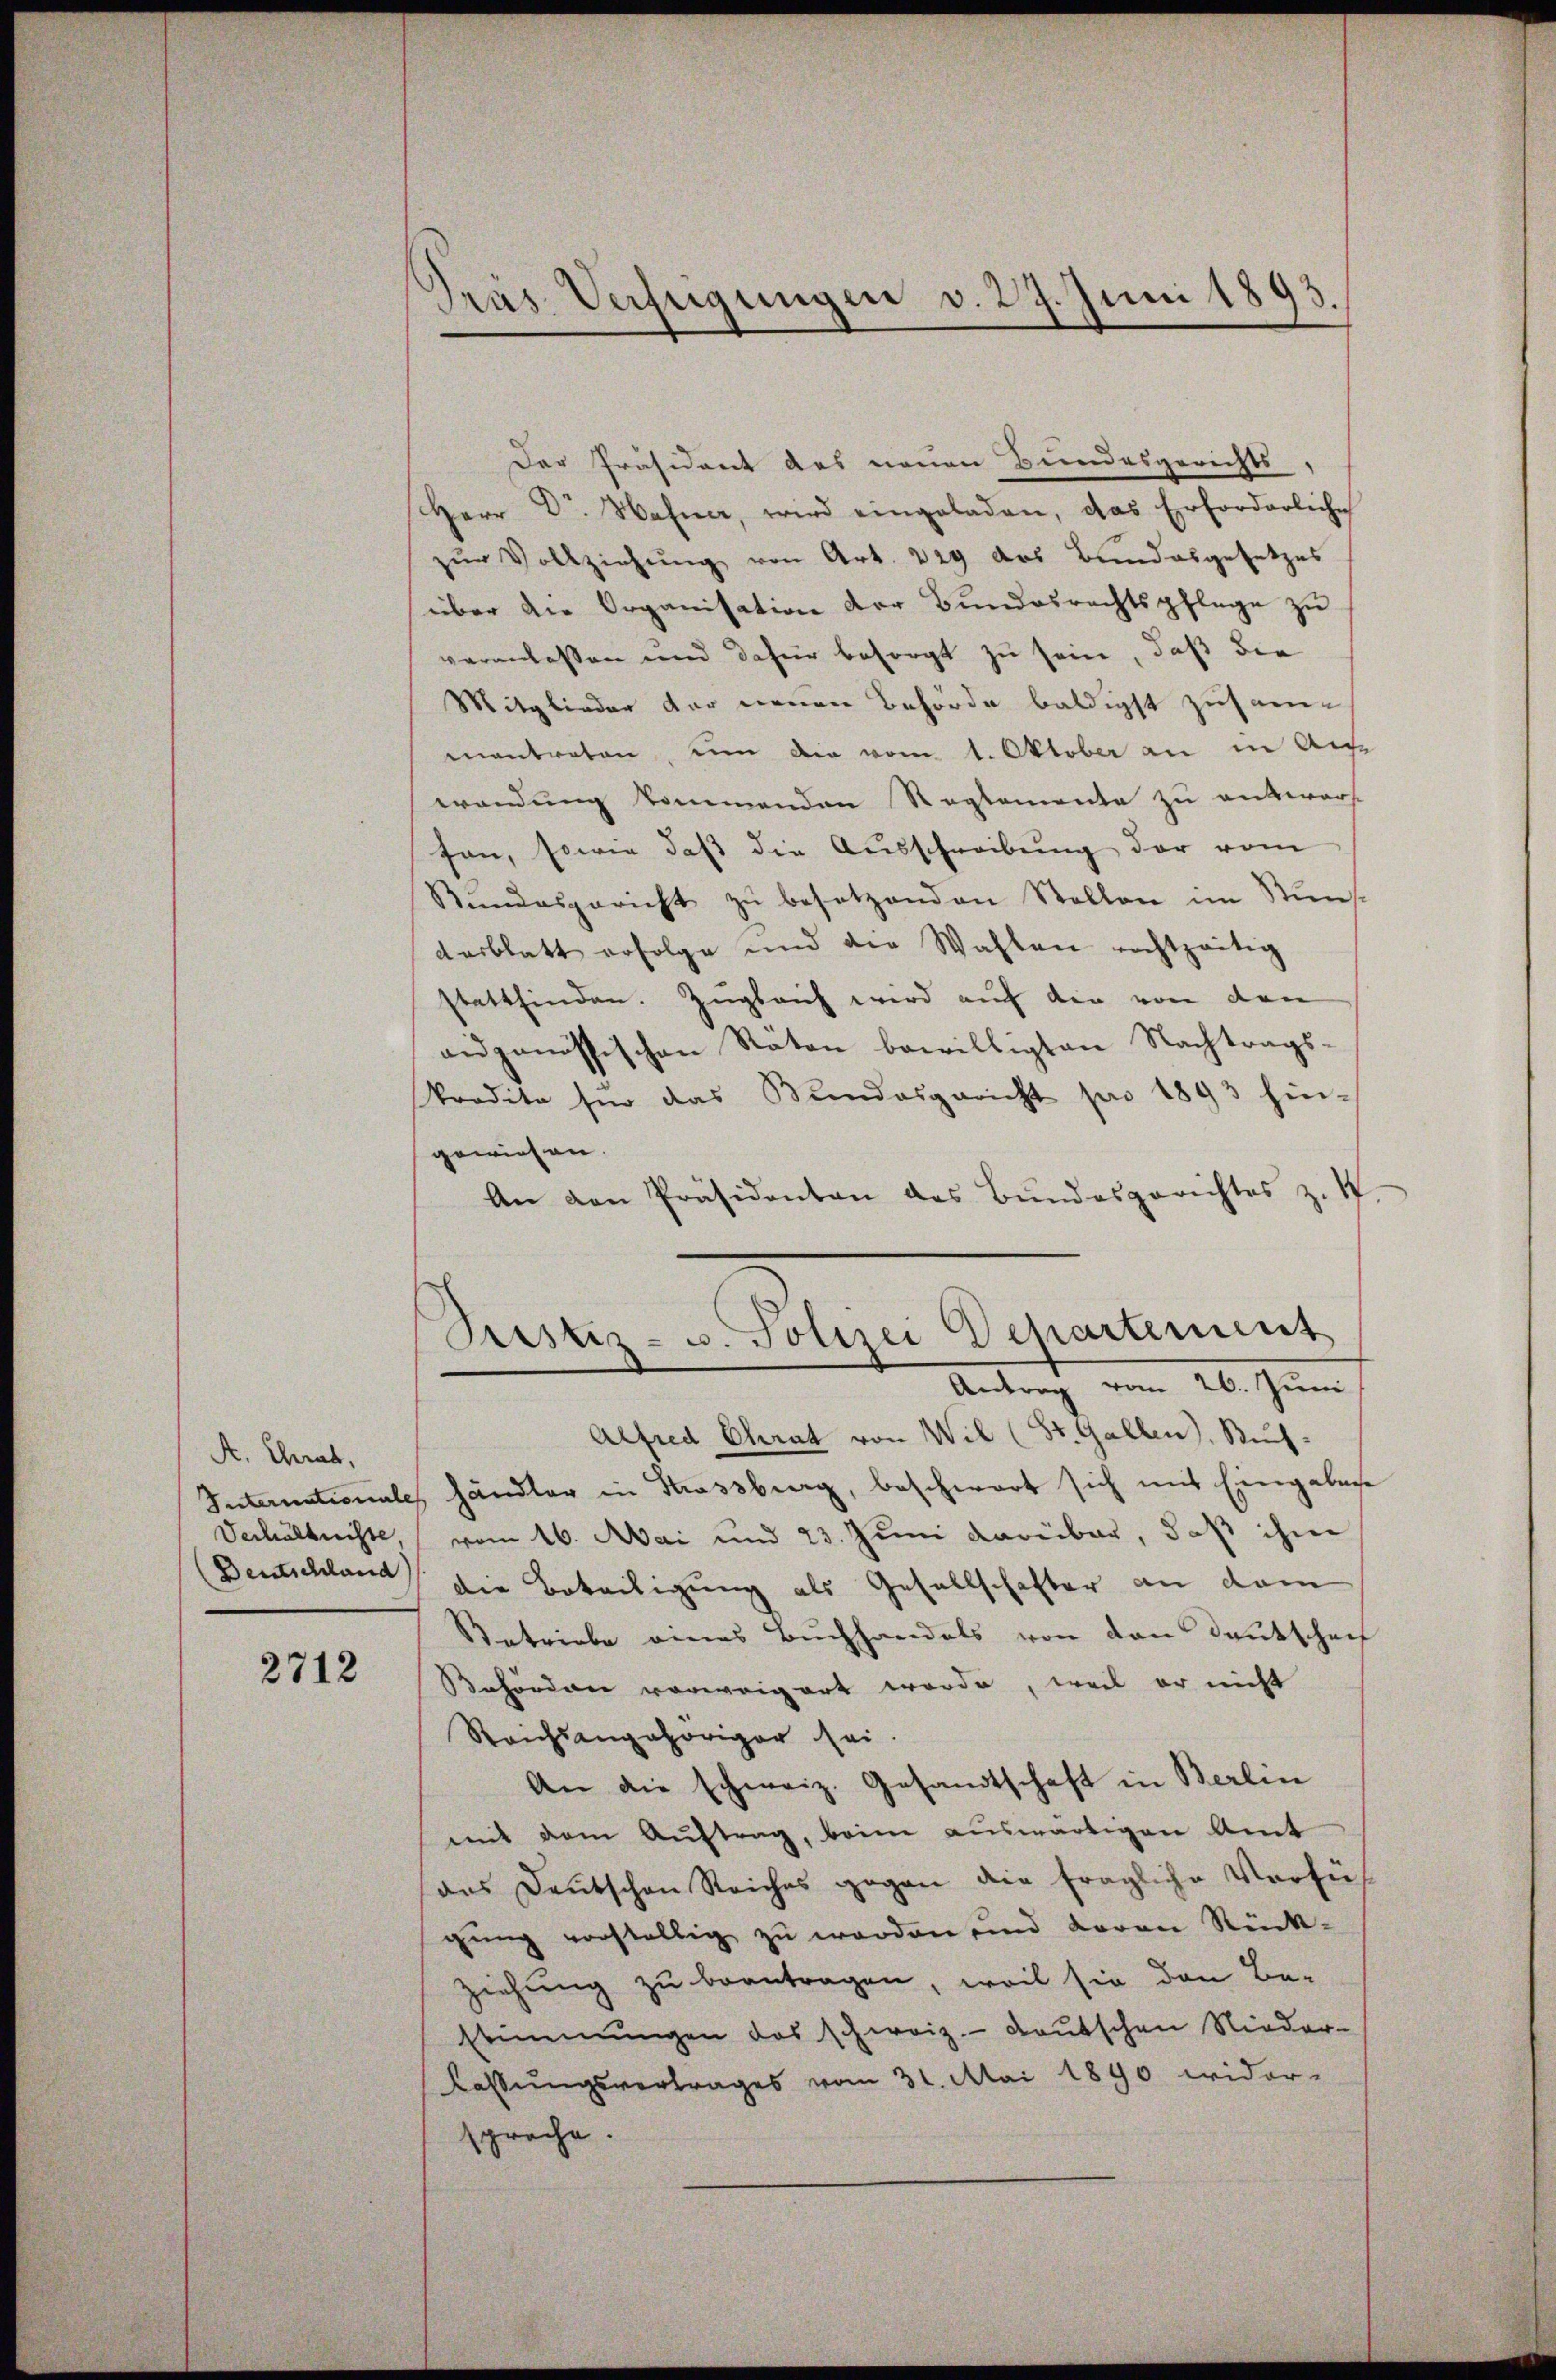
A. Chrat,
Verhältnisse,
Deutschland)

2712

Pras Verfeigungen v. 27. Juni 1893.

Der Präsident des neuen Bundesgerichts,
Herr Dr. Hahne, wird eingeladen, das Erforderliche
zŭr Vollziehŭng von Art. 229 des Bundesgesetzes
über die Organisation der Bundesrechtspflege zu
veranlassen und dafür besorgt zu sein, daß die
Mitglieder der neuen Behörde baldigst zusamantreten, um die vom 1. Oktober an in Aug
wendung kommenden Reglemente zu unterers
fen, sowie daβ die Ausschreibŭng der vom
Rŭndesgericht zŭ besetzenden Stellen im Sŭns-
desblatt erfolge und die Wahlen rechtzeitig
stattfinden. Zugleich wird auf die von den
aidgenössischen Räten bewilligten Nachtrags¬
Predita für das Bundesgericht pro 1893 hingewiesen.
An den Präsidenten des Bundesgerichtes z. S.
Sistiz- u. Polizei Departement
Antrag vom 26. Juni
Alfred Chrat von Wil (St. Gallen, Kuh-
Internationale händler in Strassburg, beschwart sich mit Eingabense
vom 16. Mai und 23. Juni darüber, daß ihm
die Beteiligung als Gesellschafter an dem
Betriebe eines Buchhandels von den Deutschaf
Behörden vorweigert werde, weil er nicht
Reichsangehöriger sei.
An die schweiz. Gesandtschaft in Berlin
mit dem Auftrag, beim auswärtigen Amt
das Deutschen Reiches gegen die fragliche Verfüh
gung vorstellig zu worden und daran Rück-
ziehung zu beantragen, weil sie den Bestimmungen das schweiz. Deutschen Nieder-
lassŭngsvertrages vom 31. Mai 1890 wider-
spreche.